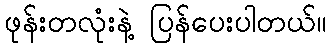
ဖုန်းတလုံးနဲ့ ပြန်ပေးပါတယ်။